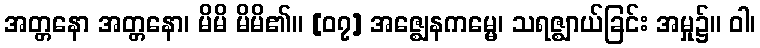
အတ္တနော အတ္တနော၊ မိမိ မိမိ၏။ [၀၇] အဇ္ဈေနကမ္မေ၊ သရဇ္ဈာယ်ခြင်း အမှု၌။ ဝါ၊